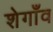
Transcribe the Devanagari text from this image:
शेगाँव